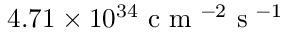
4 . 7 1 \times 1 0 ^ { 3 4 } \mathrm { ~ c ~ m ~ } ^ { - 2 } \mathrm { ~ s ~ } ^ { - 1 }